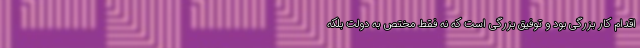
اقدام کار بزرگی بود و توفیق بزرگی است که نه فقط مختص به دولت بلکه